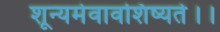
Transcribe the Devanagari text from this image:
शून्यमेवावशिष्यते।।